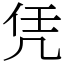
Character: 凭